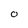
Character: 0